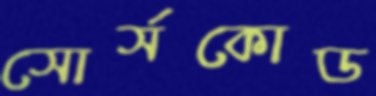
সোর্সকোড